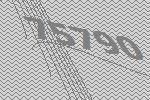
75790